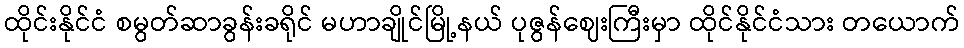
ထိုင်းနိုင်ငံ စမွတ်ဆာခွန်းခရိုင် မဟာချိုင်မြို့နယ် ပုဇွန်ဈေးကြီးမှာ ထိုင်နိုင်ငံသား တယောက်